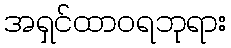
အရှင်ထာဝရဘုရား